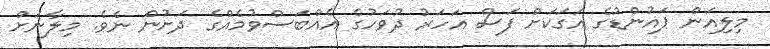
މިލިއަން ޕައުންޑުގެ އަގަކަށް ފަސް އަހަރު ދުވަހުގެ އެއްބަސްވުމެއްގެ ދަށުން ނެވެ. މިލާނަށް